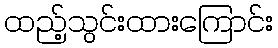
ထည့်သွင်းထားကြောင်း